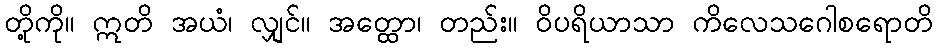
တို့ကို။ ဣတိ အယံ၊ လျှင်။ အတ္ထော၊ တည်း။ ဝိပရိယာသာ ကိလေသဂေါစရောတိ